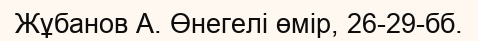
Жұбанов А. Өнегелі өмір, 26-29-бб.